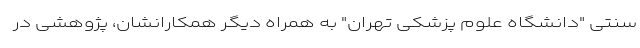
سنتی "دانشگاه علوم پزشکی تهران" به همراه دیگر همکارانشان، پژوهشی در